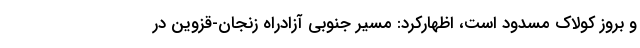
و بروز کولاک مسدود است، اظهارکرد: مسیر جنوبی آزادراه زنجان-قزوین در